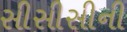
સીસીસીની